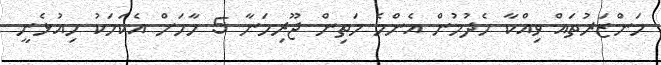
މަންޒަރުތައް ވިއްކާ ހެދުމުން އެންމެ މަތިން ޖޫރިމަނާ 5 ހާހަށް އެކަމަކު މިއުޅެނީ